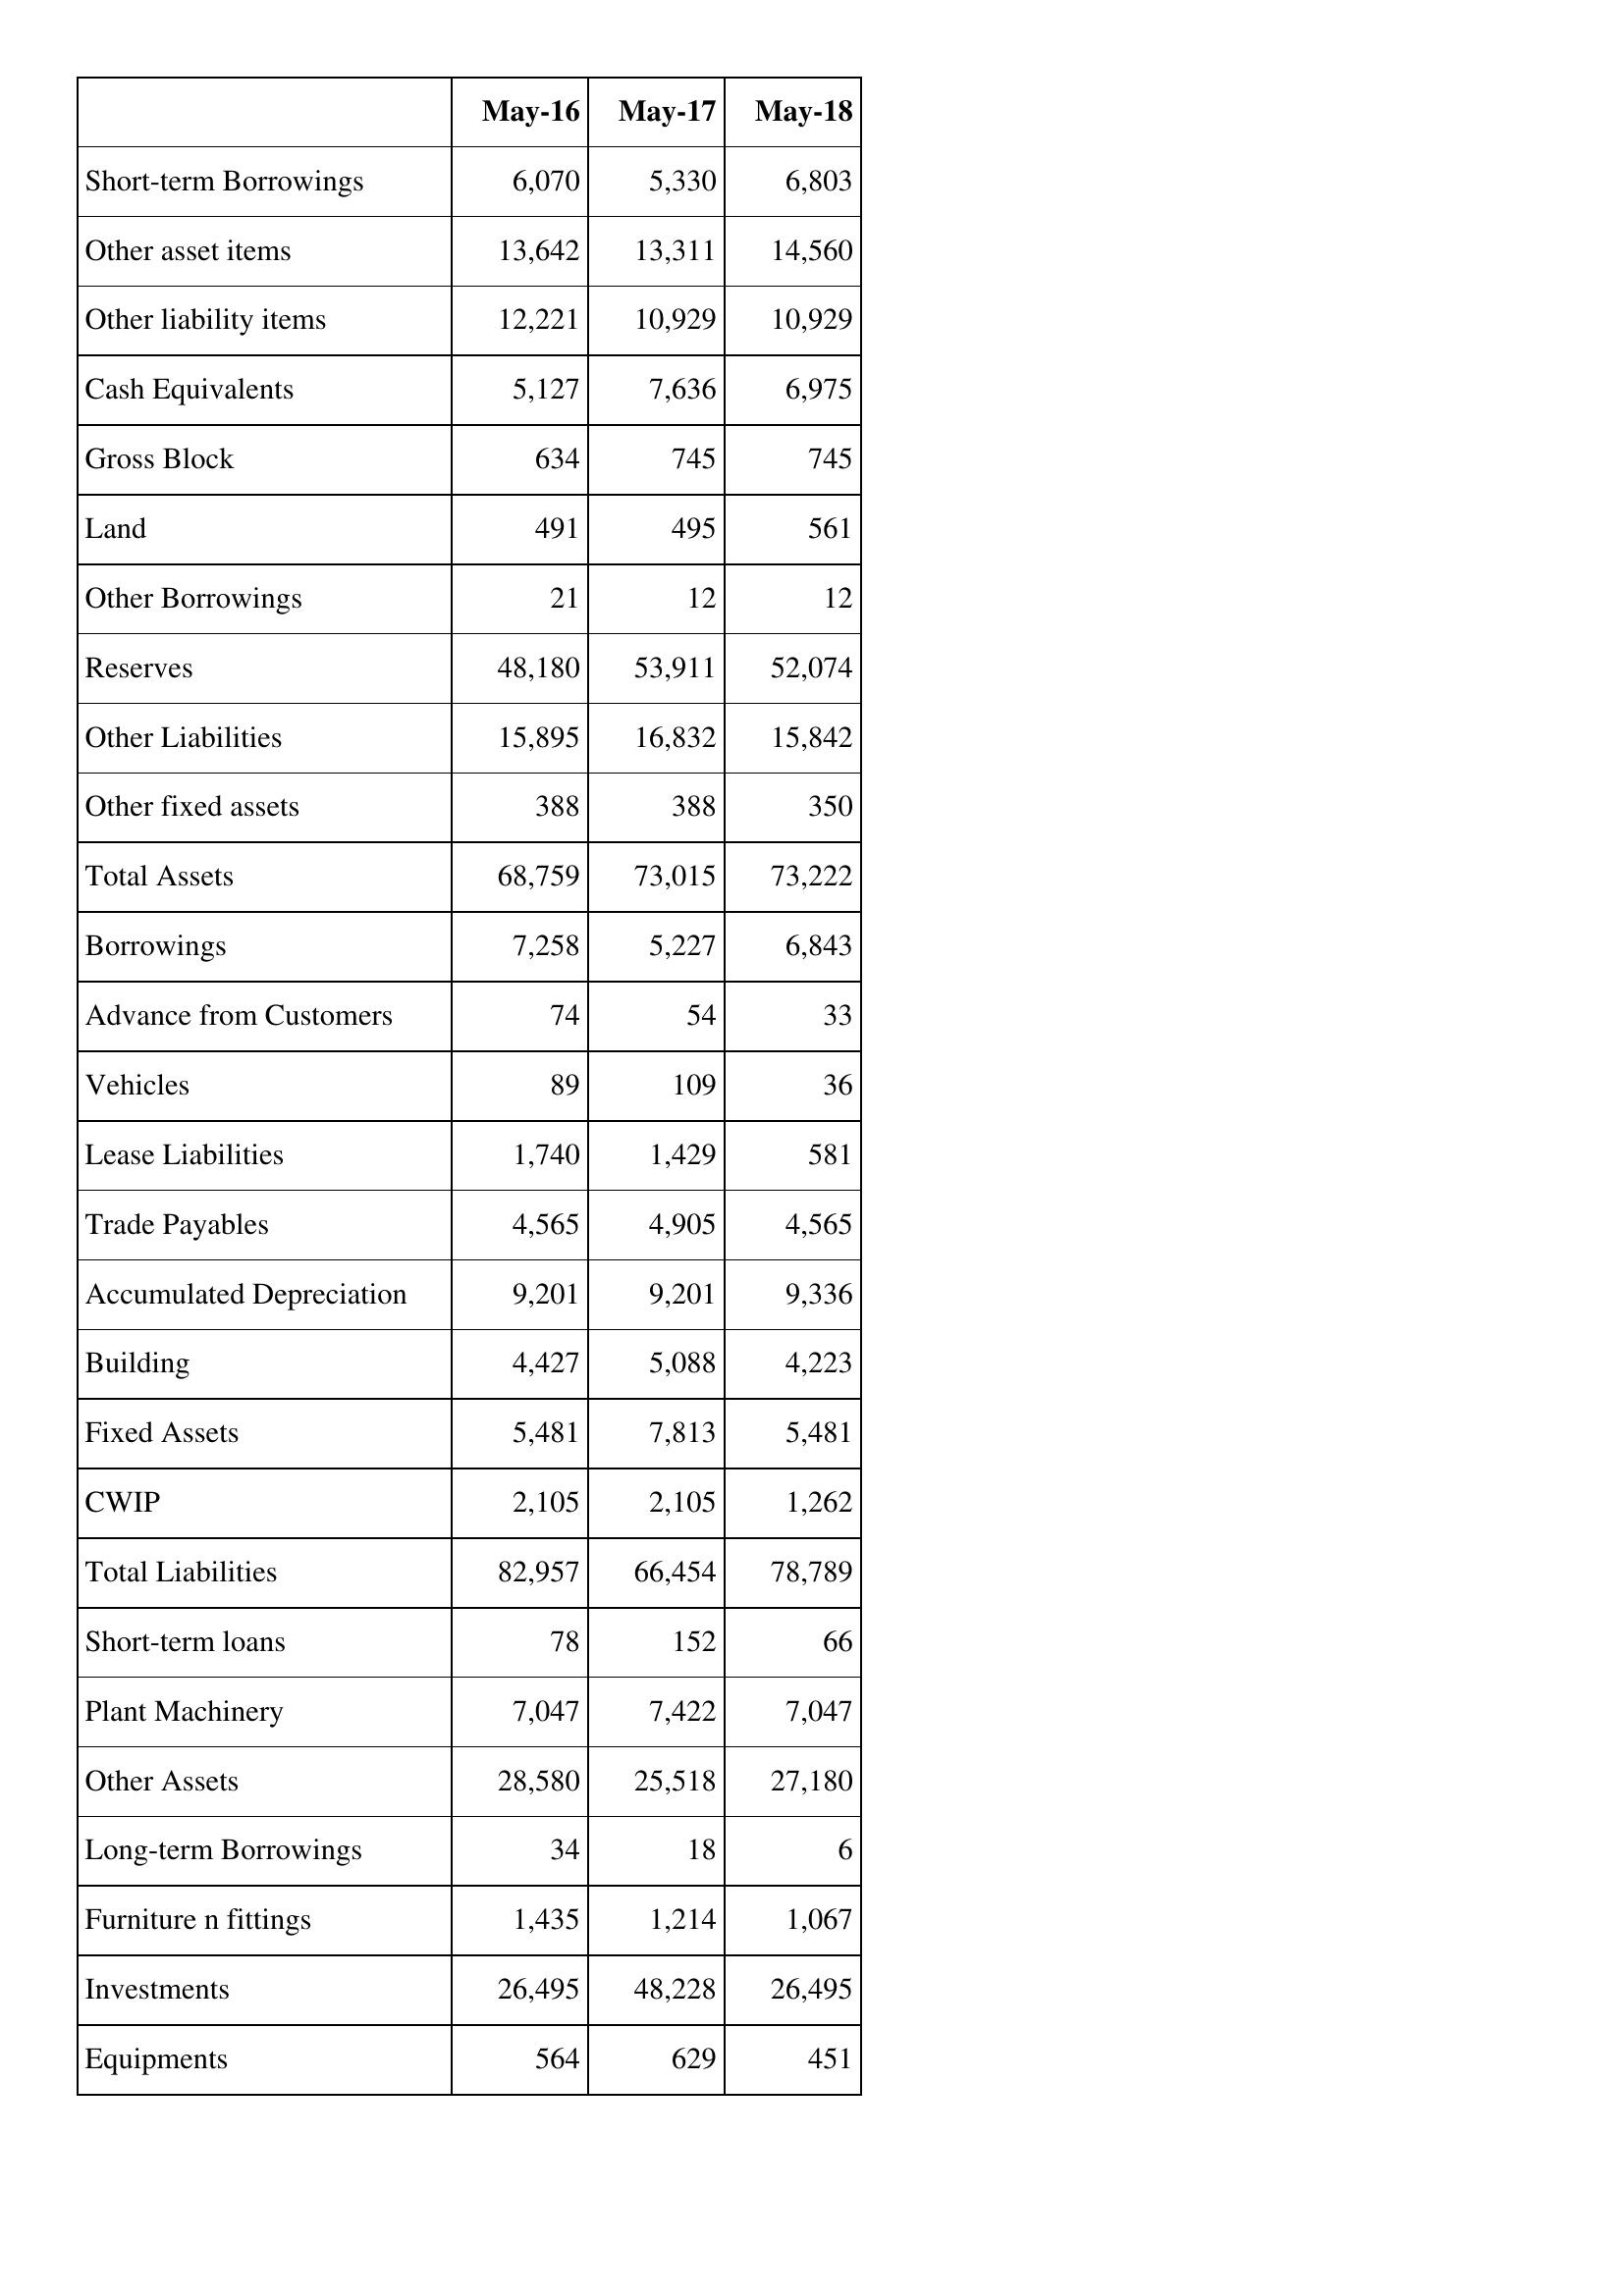
May-16: Balance Sheet: Short-term Borrowings: 6,070
Other asset items: 13,642
Other liability items: 12,221
Cash Equivalents: 5,127
Gross Block: 634
Land: 491
Other Borrowings: 21
Reserves: 48,180
Other Liabilities: 15,895
Other fixed assets: 388
Total Assets: 68,759
Borrowings: 7,258
Advance from Customers: 74
Vehicles: 89
Lease Liabilities: 1,740
Trade Payables: 4,565
Accumulated Depreciation: 9,201
Building: 4,427
Fixed Assets: 5,481
CWIP: 2,105
Total Liabilities: 82,957
Short-term loans: 78
Plant Machinery: 7,047
Other Assets: 28,580
Long-term Borrowings: 34
Furniture n fittings: 1,435
Investments: 26,495
Equipments: 564
May-17: Balance Sheet: Short-term Borrowings: 5,330
Other asset items: 13,311
Other liability items: 10,929
Cash Equivalents: 7,636
Gross Block: 745
Land: 495
Other Borrowings: 12
Reserves: 53,911
Other Liabilities: 16,832
Other fixed assets: 388
Total Assets: 73,015
Borrowings: 5,227
Advance from Customers: 54
Vehicles: 109
Lease Liabilities: 1,429
Trade Payables: 4,905
Accumulated Depreciation: 9,201
Building: 5,088
Fixed Assets: 7,813
CWIP: 2,105
Total Liabilities: 66,454
Short-term loans: 152
Plant Machinery: 7,422
Other Assets: 25,518
Long-term Borrowings: 18
Furniture n fittings: 1,214
Investments: 48,228
Equipments: 629
May-18: Balance Sheet: Short-term Borrowings: 6,803
Other asset items: 14,560
Other liability items: 10,929
Cash Equivalents: 6,975
Gross Block: 745
Land: 561
Other Borrowings: 12
Reserves: 52,074
Other Liabilities: 15,842
Other fixed assets: 350
Total Assets: 73,222
Borrowings: 6,843
Advance from Customers: 33
Vehicles: 36
Lease Liabilities: 581
Trade Payables: 4,565
Accumulated Depreciation: 9,336
Building: 4,223
Fixed Assets: 5,481
CWIP: 1,262
Total Liabilities: 78,789
Short-term loans: 66
Plant Machinery: 7,047
Other Assets: 27,180
Long-term Borrowings: 6
Furniture n fittings: 1,067
Investments: 26,495
Equipments: 451